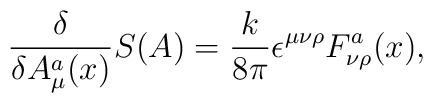
{\delta \over \delta A_\mu^a(x)} S (A) = {k\over 8\pi}\epsilon^{\mu\nu\rho} F_{\nu\rho}^a(x),